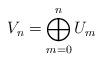
LaTeX: \begin{align*}V_n = \bigoplus\limits^n_{m=0} U_m\end{align*}